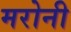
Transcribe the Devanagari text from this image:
मरोनी